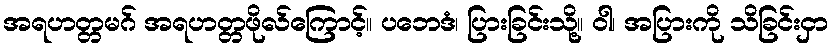
အရဟတ္တမဂ် အရဟတ္တဖိုလ်ကြောင့်။ ပဘေဒံ၊ ပြားခြင်းသို့။ ဝါ၊ အပြားကို သိခြင်းငှာ